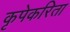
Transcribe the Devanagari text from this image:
कृपेकरिता